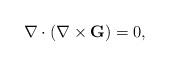
LaTeX: \begin{align*}\nabla \cdot (\nabla\times {\bf G})=0,\end{align*}